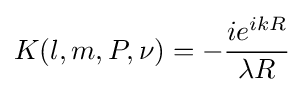
K(l,m,P,\nu )=-{\frac {ie^{ikR}}{\lambda R}}